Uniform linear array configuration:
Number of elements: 64
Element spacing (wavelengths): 0.5
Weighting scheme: blackman
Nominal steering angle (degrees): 60
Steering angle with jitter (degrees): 58.949
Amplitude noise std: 0.05
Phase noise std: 0.05

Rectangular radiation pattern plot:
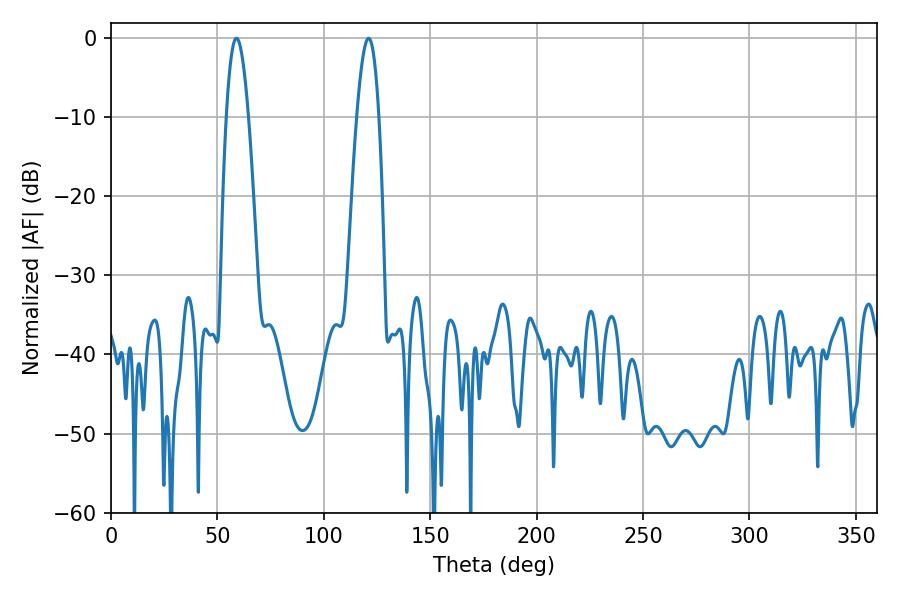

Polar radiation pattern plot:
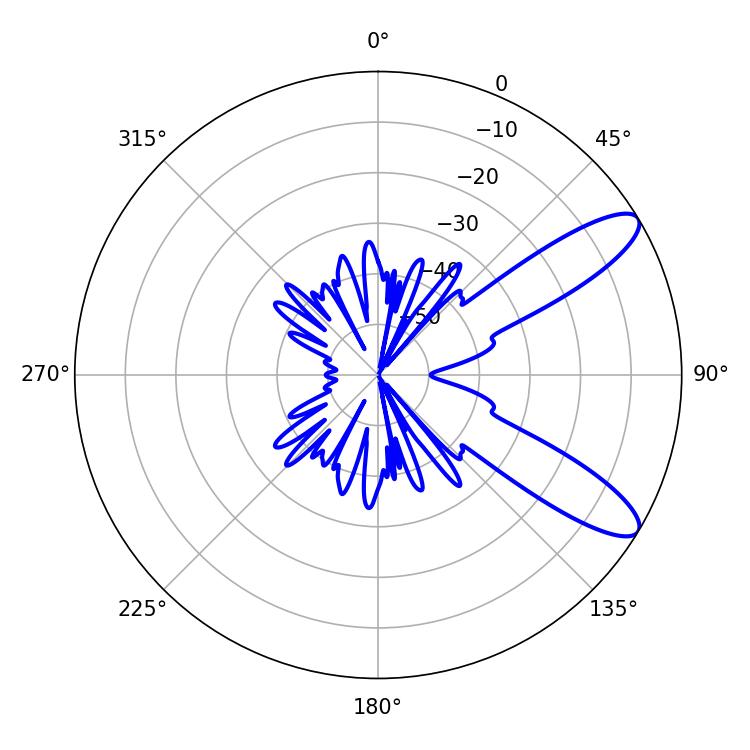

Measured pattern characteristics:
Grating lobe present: FALSE
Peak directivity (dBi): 10.341
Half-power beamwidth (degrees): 5.58
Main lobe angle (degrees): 59.04